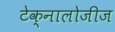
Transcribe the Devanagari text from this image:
टेक्नालोजीज